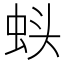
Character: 𬠁